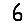
Digit: 6